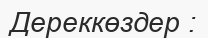
Дереккөздер :